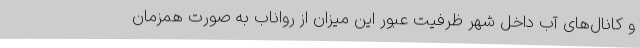
و کانال‌های آب داخل شهر ظرفیت عبور این میزان از رواناب به صورت همزمان